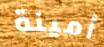
أمينة